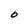
Character: 0